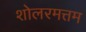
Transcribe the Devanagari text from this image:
शोलरमत्तम